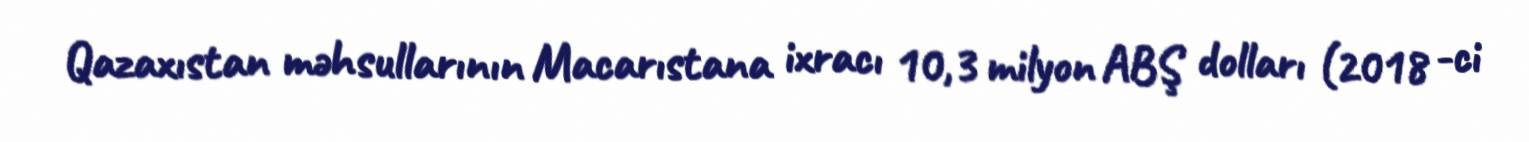
Qazaxıstan məhsullarının Macarıstana ixracı 10,3 milyon ABŞ dolları (2018 -ci